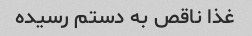
غذا ناقص به دستم رسیده